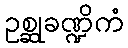
ဥစ္ဆုခဏ္ဍိကံ